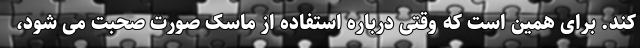
کند. برای همین است که وقتی درباره استفاده از ماسک صورت صحبت می شود،